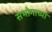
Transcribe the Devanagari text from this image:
संभोगाच्या